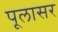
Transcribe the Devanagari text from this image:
पूलासर